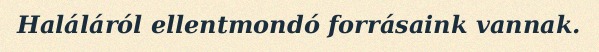
Haláláról ellentmondó forrásaink vannak.